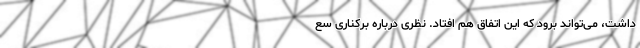
داشت، می‌تواند برود که این اتفاق هم افتاد. نظری درباره برکناری سع